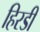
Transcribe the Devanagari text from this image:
हिरडी